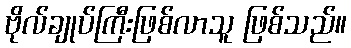
ဗိုလ်ချုပ်ကြီးဖြစ်လာသူ ဖြစ်သည်။